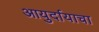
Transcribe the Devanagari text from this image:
आयुर्दायाचा